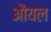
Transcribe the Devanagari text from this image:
औयल